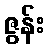
ဇွန်း